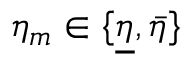
\eta _ { m } \in \{ \underline { { \eta } } , { \bar { \eta } } \}